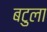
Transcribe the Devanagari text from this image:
बटुला